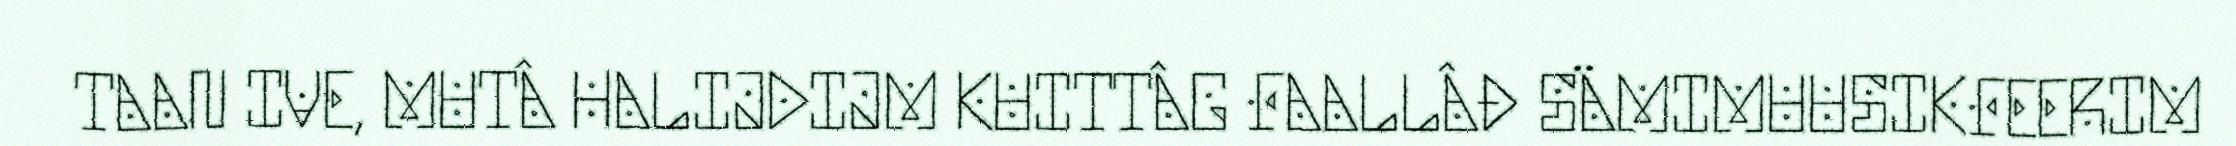
TAAN IVE, MUTÂ HALIJDIJM KUITTÂG FAALLÂĐ SÄMIMUUSIKFEERIM